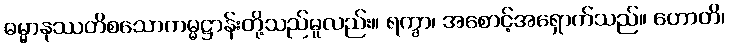
ဓမ္မာနုဿတိစသောကမ္မဋ္ဌာန်းတို့သည်မူလည်း။ ရက္ခာ၊ အစောင့်အရှောက်သည်။ ဟောတိ၊